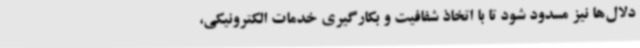
دلال‌ها نیز مسدود شود تا با اتخاذ شفافیت و بکارگیری خدمات الکترونیکی،